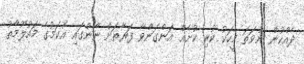
ދެއްކުން ނުވަތަ މީހަކު ކުރި ކުށެއް އަންގަންވާ ފަރާތަށް ނާންގައި އެކަމުގެ މައުލޫމާތު